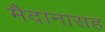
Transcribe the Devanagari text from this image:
मैदानासह